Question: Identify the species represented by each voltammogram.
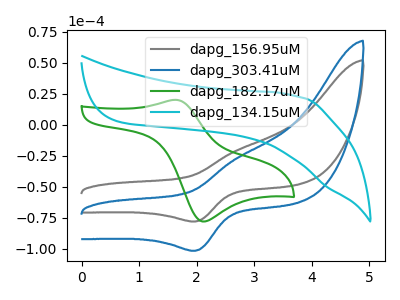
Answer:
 <answer>The gray curve is labeled "dapg_156.95uM". The blue curve is labeled "dapg_303.41uM". The green curve is labeled "dapg_182.17uM". The cyan curve is labeled "dapg_134.15uM".</answer>
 <eval></eval>